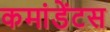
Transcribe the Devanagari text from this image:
कमांडेंटस